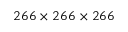
2 6 6 \times 2 6 6 \times 2 6 6